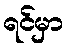
ရင်မှာ